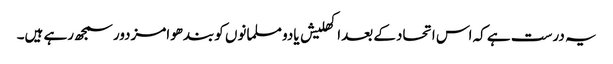
یہ درست ہے کہ اس اتحادکے بعداکھلیش یادو مسلمانوں کوبندھوامزدورسمجھ رہے ہیں۔